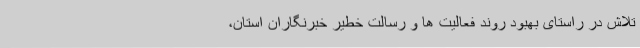
تلاش در راستای بهبود روند فعالیت ها و رسالت خطیر خبرنگاران استان،